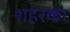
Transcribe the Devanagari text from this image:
शहरका